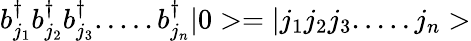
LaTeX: b_{j_{1}}^{\dagger}b_{j_{2}}^{\dagger}b_{j_{3}}^{\dagger}.....b_{j_{n}}^{\dagger}|0>=|j_{1}j_{2}j_{3}.....j_{n}>